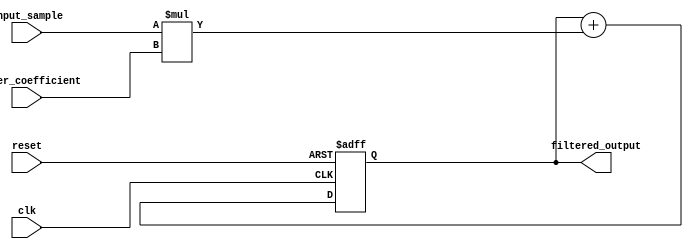
module fir_accumulator (
    input wire clk,
    input wire reset,
    input wire [15:0] input_sample,
    input wire [15:0] filter_coefficient,
    output reg [15:0] filtered_output
);

reg [15:0] accumulator;

always @(posedge clk or posedge reset) begin
    if (reset) begin
        accumulator <= 0;
    end else begin
        accumulator <= accumulator + (input_sample * filter_coefficient);
    end
end

assign filtered_output = accumulator;

endmodule